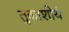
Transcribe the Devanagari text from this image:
तुकाशीयं